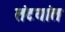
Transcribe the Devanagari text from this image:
तंटयांत